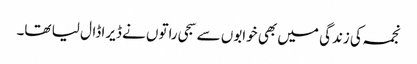
نجمہ کی زندگی میں بھی خوابوں سے سجی راتوں نے ڈیرا ڈال لیا تھا۔